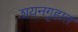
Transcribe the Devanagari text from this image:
शयनगृहात